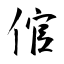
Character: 倌